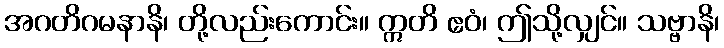
အဂတိဂမနာနိ၊ တို့လည်းကောင်း။ ဣတိ ဧဝံ၊ ဤသို့လျှင်။ သဗ္ဗာနိ၊